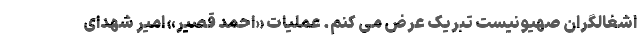
اشغالگران صهیونیست تبریک عرض می کنم. عملیات «احمد قصیر» امیر شهدای